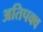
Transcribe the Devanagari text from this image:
अतिपक्व